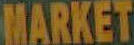
MARKET